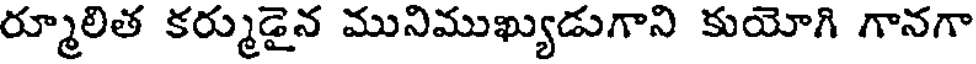
ర్మూలిత కర్ముడైన మునిముఖ్యుడుగాని కుయోగి గానగా